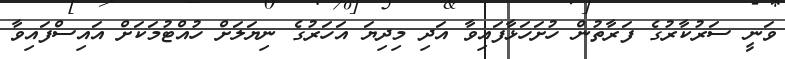
ވަނީ ސަރުކާރުގެ ފަރާތުން ހުށަހަޅާފައިވާ އަދި މިދިޔަ އަހަރުގެ ނިޔަލަށް ހުއްޓުމަކަށް އައިސްފައިވާ